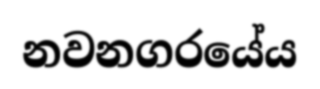
නවනගරයේය